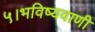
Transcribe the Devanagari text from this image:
५।भविष्यवाणी